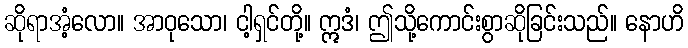
ဆိုရာအံ့လော။ အာဝုသော၊ ငါ့ရှင်တို့။ ဣဒံ၊ ဤသို့ကောင်းစွာဆိုခြင်းသည်။ နောဟိ